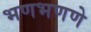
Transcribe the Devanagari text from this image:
भणभणणे